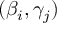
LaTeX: ( \beta _ { i } , \gamma _ { j } )